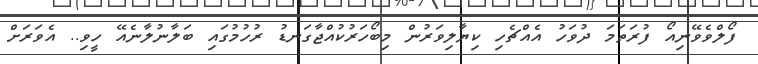
ފޯލްވެވޭނިއޯ ފުރަތަމަ ދުވަހު އެއްޗެހި ކިޔާލިވަރުން މިބޯހަރުކުއްޖާގަނޑު ރުހުމުގައި ބަލާނުލާނެއޭ ހީވި.. އެވަރަށް